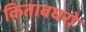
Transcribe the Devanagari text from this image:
किताबघरो